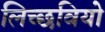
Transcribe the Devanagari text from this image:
लिच्छवियो